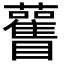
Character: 𥍊